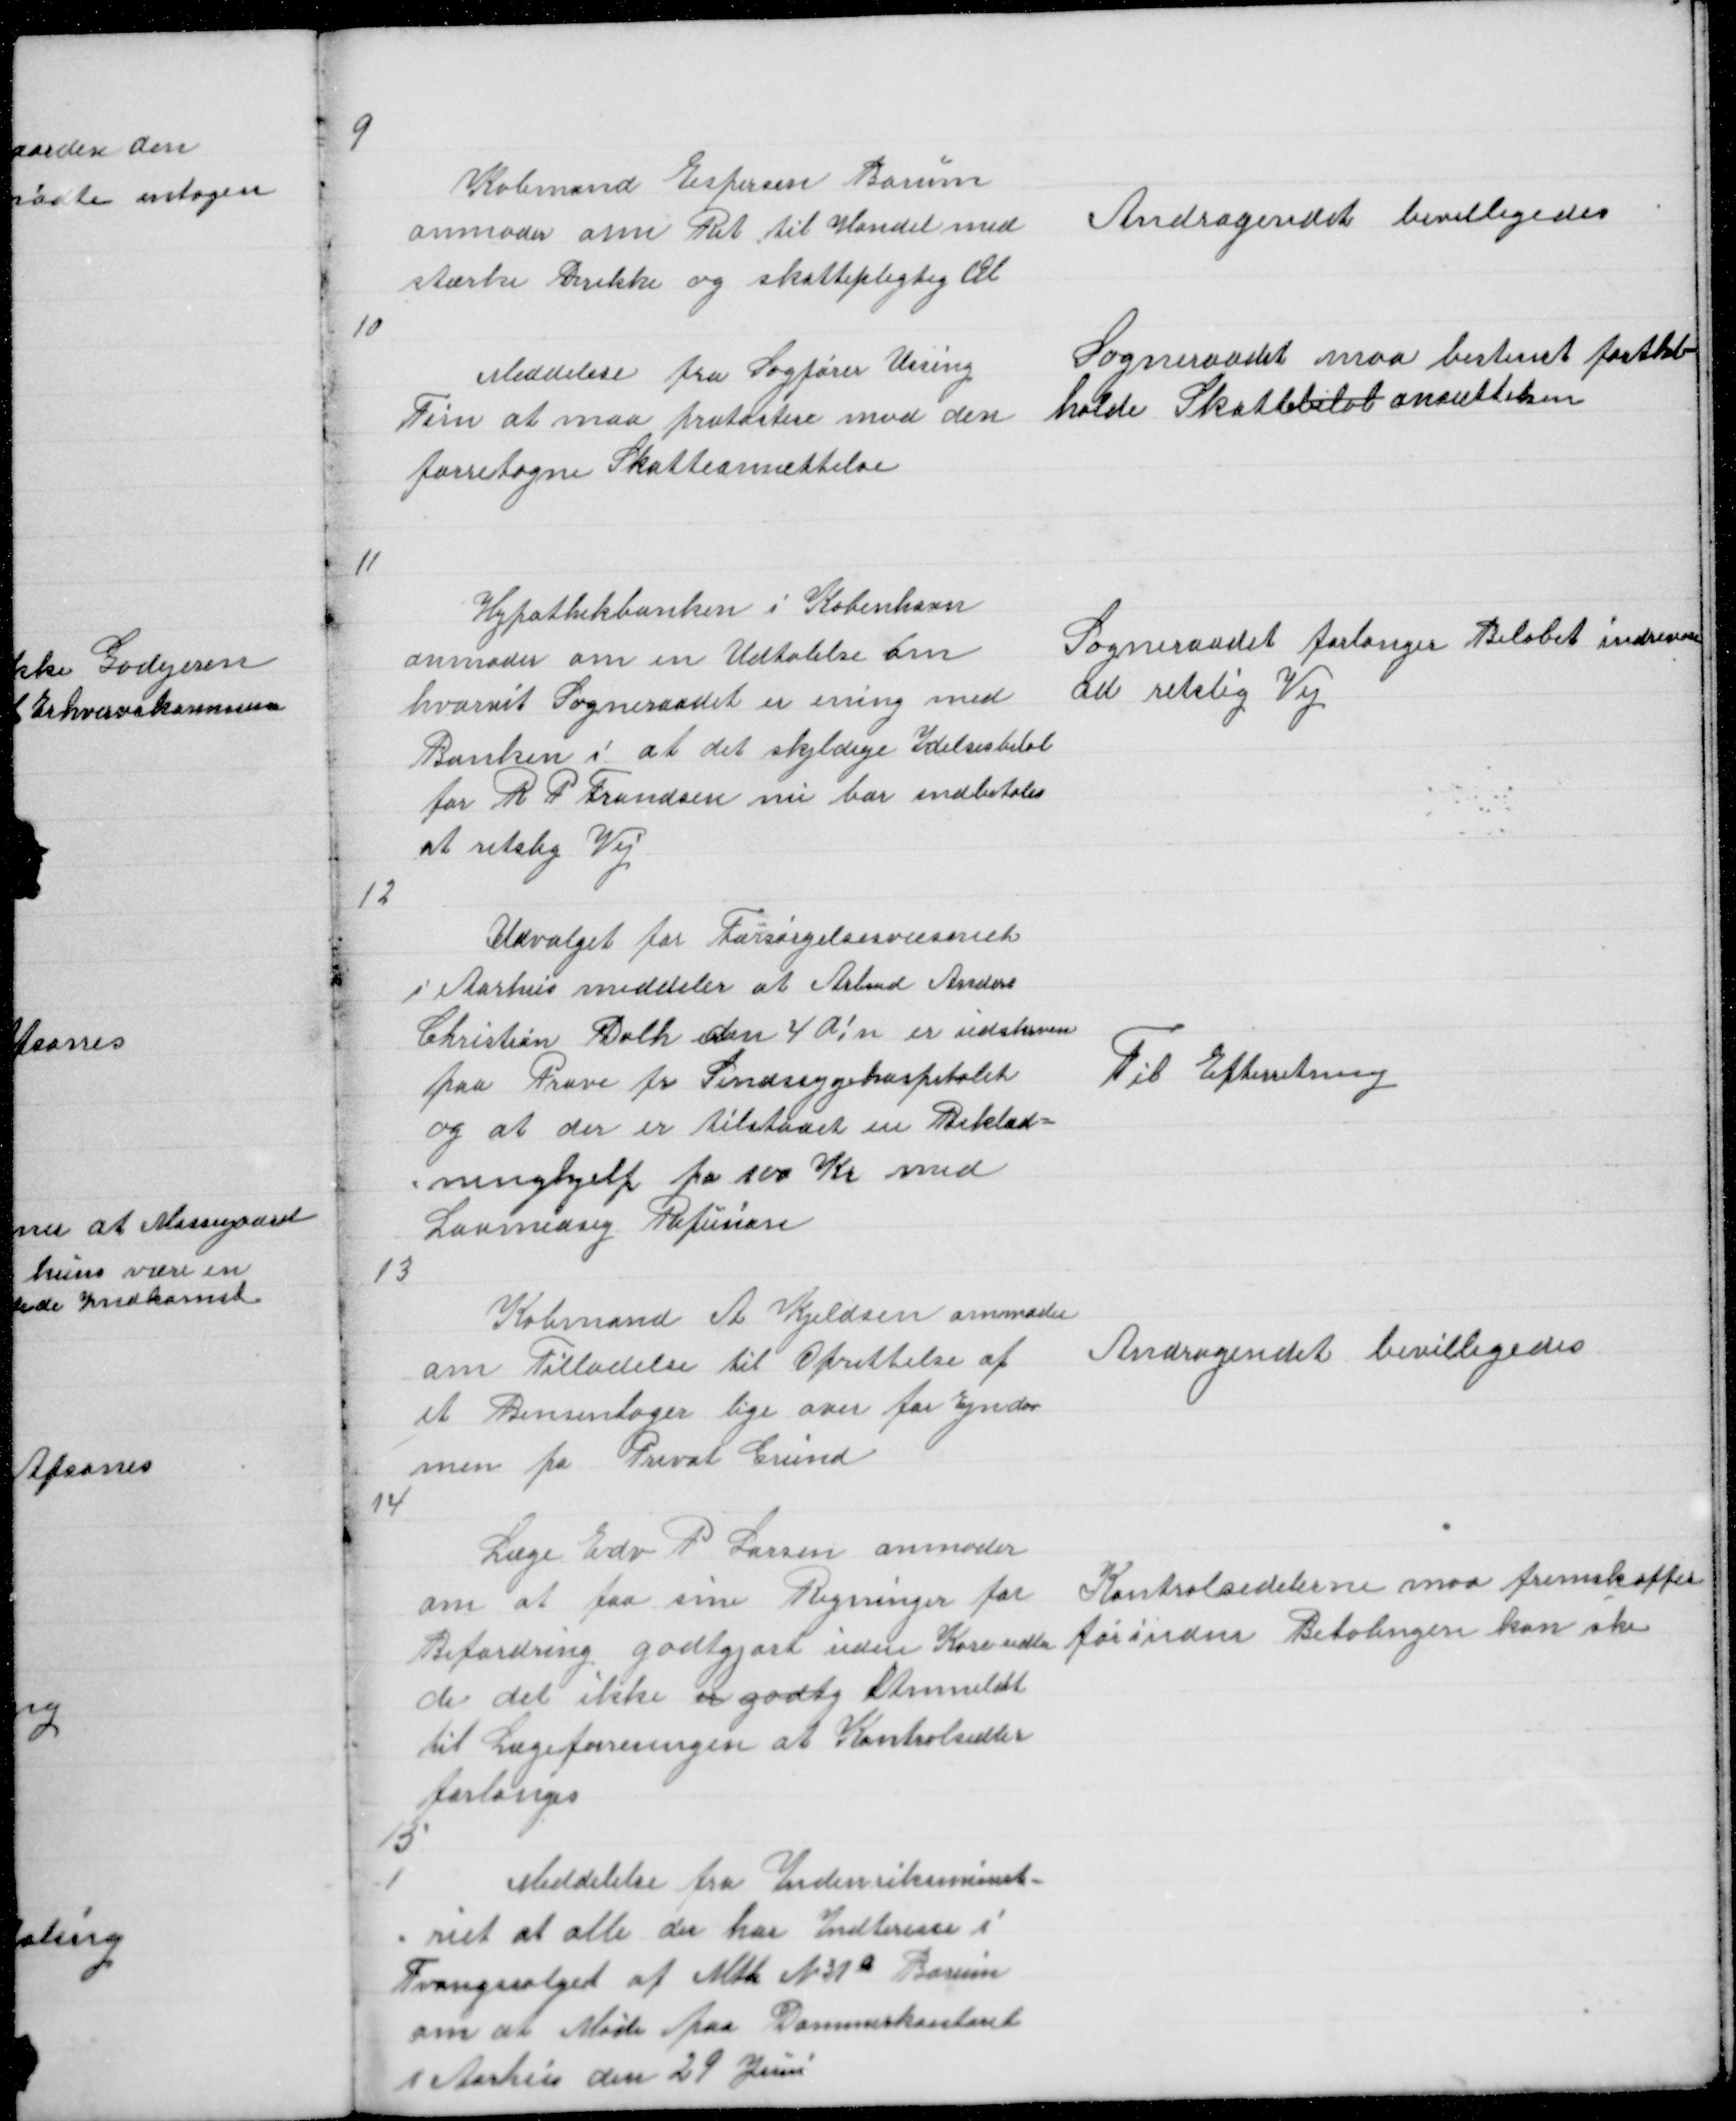
Transskription:
9

Købmand Espersen Borum
anmoder om Ret til Handel med
stærke Drikke og skattepligtig Øl

Andragendet bevilligedes

10

Meddelelse fra sagfører Ussing
Tim at maa protastere mod den
forretagne Skatteansættelse

Sogneraadet maa bestemt fast=
=holde Skattebeløbansættelsen

11

Hypotekbanken i København
anmoder om en Udtalelse om
hvorvit Sogneraadet er enig med
Banken i at det skyldige Ydelsesbeløb
for R P Frandsen nu bør indbetales
at retslig Vej

Sogneraadet forlanger Beløbet indreven
ad retslig Vej

12

Udvalget for Forsørgelsesvæsenet
i Aarhus meddeler at Arbmd Anders
Christian Dalh den 4 d! n er udskreven
paa Prøve fr Sindsygehospitalet
og at der er tilstaaet en Beklæd =
= ningshjelp paa 100 Kr med
Lovmedsig Refusion

Til Efterretning

13

Købmand A Kjeldsen anmoder
om Tilladelse til Oprettelse af
et Bensinlager lige over for Ejndo
men pa Privat grund

Andragendet bevilligedes

14

Læge Edv P Larsen anmoder
om at faa sine Regninger for
Befordring godtgjort uden Køresedler
de det ikke er godtgj Anmeldt
til Lægeforeningen at kontrolsedler
forlanges
15

Kontrolsedelerne maa fremskaffes
forinden Betalingen kan ske

Meddelelse fra Indenriksministe =
= riet at alle der har Indterese i
Tvangssalget af Mtk N 31a Borum
om at møde paa Dommerkontoret
i Aarhus den 29 Juni